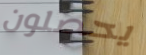
يحصلون